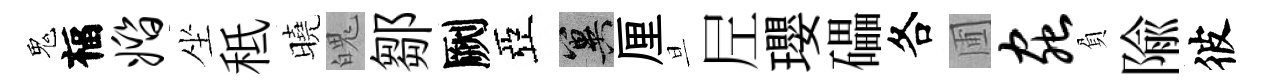
鬼福婚坐秪曉魄鄒劂亞冀厘旦𡰱瓔礧各圃虫負隃彼